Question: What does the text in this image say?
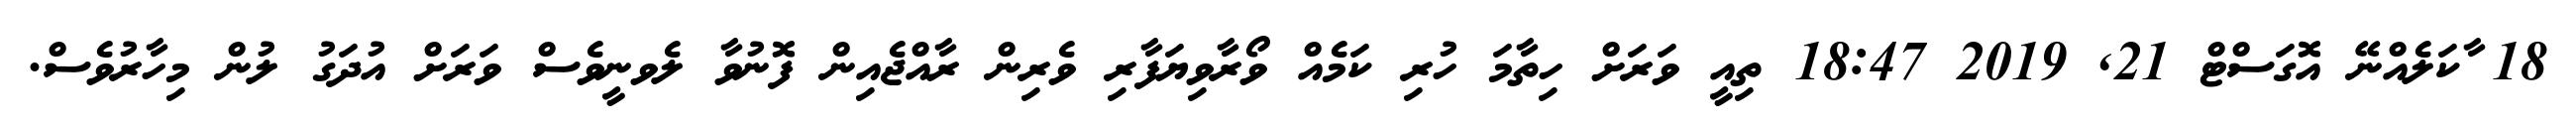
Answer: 18 ާކަލެއްނޭ އޮގަސްޓް 21, 2019 18:47 ތިއީ ވަރަށް ހިތާމަ ހުރި ކަމެއް ވޯރާވިޔަފާރި ވެރިން ރާއްޖެއިން ފޮނުވާ ލެވނީވެސް ވަރަށް އުދަގު ލުން މިހާރުވެސް.